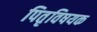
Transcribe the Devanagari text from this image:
पितृविषयक